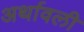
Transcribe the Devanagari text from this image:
अर्थावली